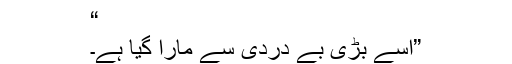
“
”اسے بڑی بے دردی سے مارا گیا ہے۔